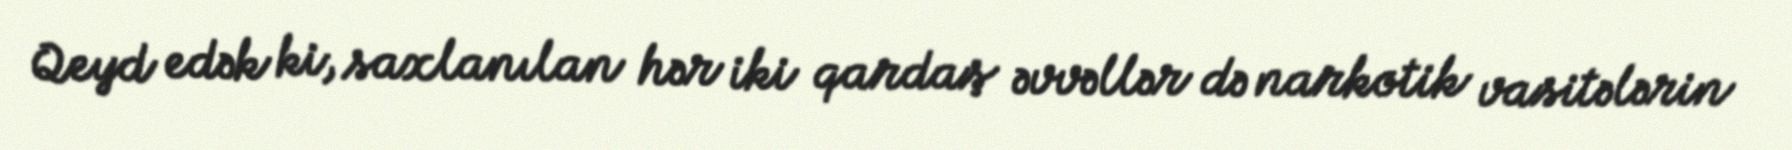
Qeyd edək ki, saxlanılan hər iki qardaş əvvəllər də narkotik vasitələrin